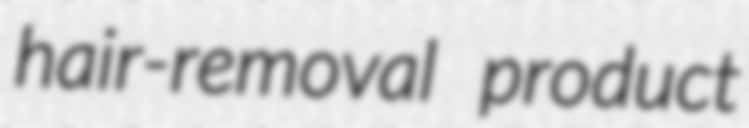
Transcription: hair-removal product